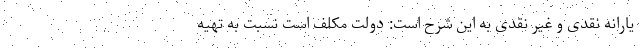
یارانه نقدی و غیر نقدی به این شرح است: دولت مکلف است نسبت به تهیه